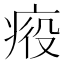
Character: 𤶣